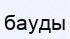
бауды